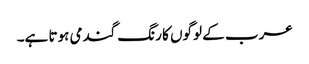
عرب کے لوگوں کا رنگ گندمی ہوتا ہے۔